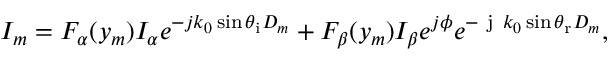
I _ { m } = F _ { \alpha } ( y _ { m } ) I _ { \alpha } e ^ { - j k _ { 0 } \sin \theta _ { \mathrm { i } } D _ { m } } + F _ { \beta } ( y _ { m } ) I _ { \beta } e ^ { j \phi } e ^ { - \mathrm { ~ j ~ } k _ { 0 } \sin \theta _ { \mathrm { r } } D _ { m } } ,